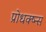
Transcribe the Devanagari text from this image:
प्रोधक्ष्न्स